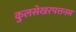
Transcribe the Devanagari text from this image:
कुलसेखरपत्तनम